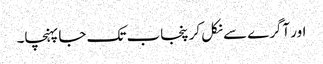
اور آگرے سے نکل کر پنجاب تک جا پہنچا۔